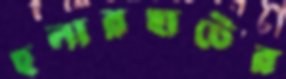
হুলারহাটের